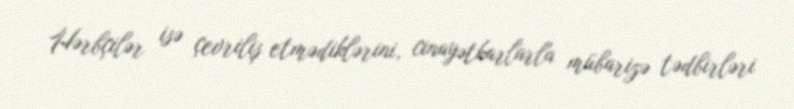
Hərbçilər isə çevriliş etmədiklərini, cinayətkarlarla mübarizə tədbirləri